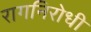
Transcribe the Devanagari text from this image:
रागनिरोधी